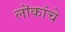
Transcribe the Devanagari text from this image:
लॊकांचे